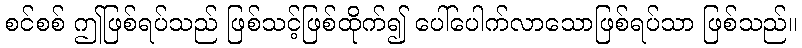
စင်စစ် ဤဖြစ်ရပ်သည် ဖြစ်သင့်ဖြစ်ထိုက်၍ ပေါ်ပေါက်လာသောဖြစ်ရပ်သာ ဖြစ်သည်။